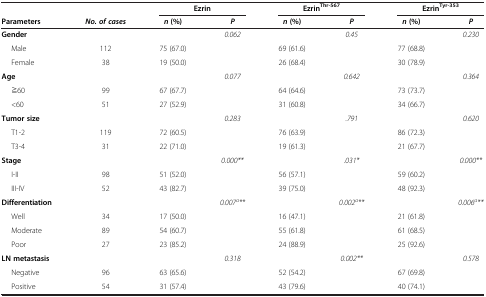
<table><thead><tr><td colspan="2"><b> </b></td><td colspan="2"><b>Ezrin</b></td><td colspan="2"><b>Ezrin<sup>Thr-567</sup></b></td><td colspan="2"><b>Ezrin<sup>Tyr-353</sup></b></td></tr><tr><td><b>Parameters</b></td><td><b><i>No. of cases</i></b></td><td><b><i>n </i>(%)</b></td><td><b><i>P</i></b></td><td><b><i>n </i>(%)</b></td><td><b><i>P</i></b></td><td><b><i>n </i>(%)</b></td><td><b><i>P</i></b></td></tr></thead><tbody><tr><td><b>Gender</b></td><td> </td><td> </td><td rowspan="3"><i>0.062</i></td><td> </td><td rowspan="3"><i>0.45</i></td><td> </td><td rowspan="3"><i>0.230</i></td></tr><tr><td>Male</td><td>112</td><td>75 (67.0)</td><td>69 (61.6)</td><td>77 (68.8)</td></tr><tr><td>Female</td><td>38</td><td>19 (50.0)</td><td>26 (68.4)</td><td>30 (78.9)</td></tr><tr><td><b>Age</b></td><td> </td><td> </td><td rowspan="3"><i>0.077</i></td><td> </td><td rowspan="3"><i>0.642</i></td><td> </td><td rowspan="3"><i>0.364</i></td></tr><tr><td>≧60</td><td>99</td><td>67 (67.7)</td><td>64 (64.6)</td><td>73 (73.7)</td></tr><tr><td>&lt;60</td><td>51</td><td>27 (52.9)</td><td>31 (60.8)</td><td>34 (66.7)</td></tr><tr><td><b>Tumor size</b></td><td> </td><td> </td><td rowspan="3"><i>0.283</i></td><td> </td><td rowspan="3"><i>.791</i></td><td> </td><td rowspan="3"><i>0.620</i></td></tr><tr><td>T1-2</td><td>119</td><td>72 (60.5)</td><td>76 (63.9)</td><td>86 (72.3)</td></tr><tr><td>T3-4</td><td>31</td><td>22 (71.0)</td><td>19 (61.3)</td><td>21 (67.7)</td></tr><tr><td><b>Stage</b></td><td> </td><td> </td><td rowspan="3"><i>0.000**</i></td><td> </td><td rowspan="3"><i>.031*</i></td><td> </td><td rowspan="3"><i>0.000**</i></td></tr><tr><td>I-II</td><td>98</td><td>51 (52.0)</td><td>56 (57.1)</td><td>59 (60.2)</td></tr><tr><td>III-IV</td><td>52</td><td>43 (82.7)</td><td>39 (75.0)</td><td>48 (92.3)</td></tr><tr><td><b>Differentiation</b></td><td> </td><td> </td><td rowspan="4"><i>0.007</i><sup><i>a</i></sup><i>**</i></td><td> </td><td rowspan="4"><i>0.002</i><sup><i>a</i></sup><i>**</i></td><td> </td><td rowspan="4"><i>0.006</i><sup><i>a</i></sup><i>**</i></td></tr><tr><td>Well</td><td>34</td><td>17 (50.0)</td><td>16 (47.1)</td><td>21 (61.8)</td></tr><tr><td>Moderate</td><td>89</td><td>54 (60.7)</td><td>55 (61.8)</td><td>61 (68.5)</td></tr><tr><td>Poor</td><td>27</td><td>23 (85.2)</td><td>24 (88.9)</td><td>25 (92.6)</td></tr><tr><td><b>LN metastasis</b></td><td> </td><td> </td><td rowspan="3"><i>0.318</i></td><td> </td><td rowspan="3"><i>0.002**</i></td><td> </td><td rowspan="3"><i>0.578</i></td></tr><tr><td>Negative</td><td>96</td><td>63 (65.6)</td><td>52 (54.2)</td><td>67 (69.8)</td></tr><tr><td>Positive</td><td>54</td><td>31 (57.4)</td><td>43 (79.6)</td><td>40 (74.1)</td></tr></tbody></table>